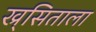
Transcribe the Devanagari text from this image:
ख्र्सिताला